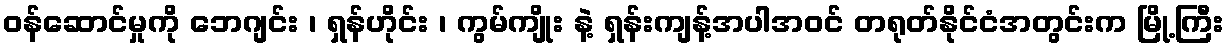
ဝန်ဆောင်မှုကို ဘေဂျင်း ၊ ရှန်ဟိုင်း ၊ ကွမ်ကျိုး နဲ့ ရှန်းကျန့်အပါအဝင် တရုတ်နိုင်ငံအတွင်းက မြို့ကြီး